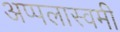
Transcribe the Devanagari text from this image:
अप्पलास्वमी